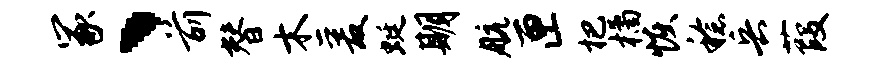
冢、前替木爰蜓期航匣杷橘恢稔兵葭